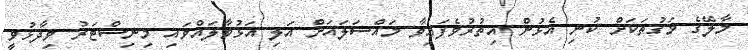
މާލޭގެ މަގުތަކަށް ކުނި އެޅުން އިތުރުވެފައިވާ މައްސަލައަށް އަލި އަޅުވާލައްވައި މިނިސްޓަރު ވިދާޅުވީ